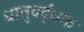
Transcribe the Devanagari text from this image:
धातुवर्द्धक